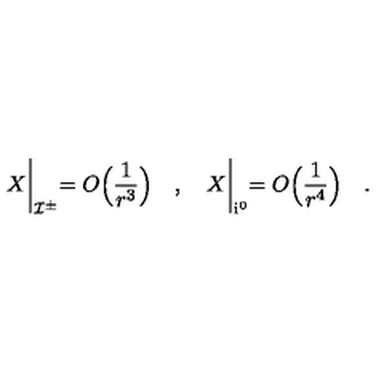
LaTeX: X \biggl | _ { { \cal I } ^ { \pm } } = O \Bigl ( \frac { 1 } { r ^ { 3 } } \Bigr ) \quad , \quad X \biggl | _ { { \mathrm { i } } ^ { 0 } } = O \Bigl ( \frac { 1 } { r ^ { 4 } } \Bigr ) \quad .